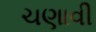
ચણાવી